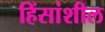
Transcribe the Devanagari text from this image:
हिंसांशील